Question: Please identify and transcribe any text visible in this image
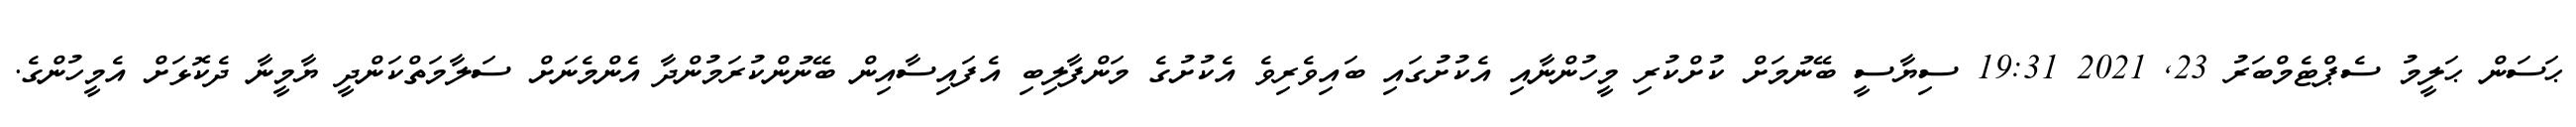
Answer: ޙަސަން ޙަލީމު ސެޕްޓެމްބަރު 23, 2021 19:31 ސިޔާސީ ބޭނުމަށް ކުށްކުރި މީހުންނާއި އެކުށުގައި ބައިވެރިވެ އެކުށުގެ މަންފާލިބި އެފައިސާއިން ބޭނުންކުރަމުންދާ އެންމެނަށް ސަލާމަތްކަންދީ ޔާމީނާ ދެކޮޅަށް އެމީހުންގެ.